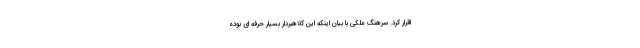
اقرار کرد. سرهنگ ملکی با بیان اینکه این کلاهبردار بسیار حرفه ای بوده